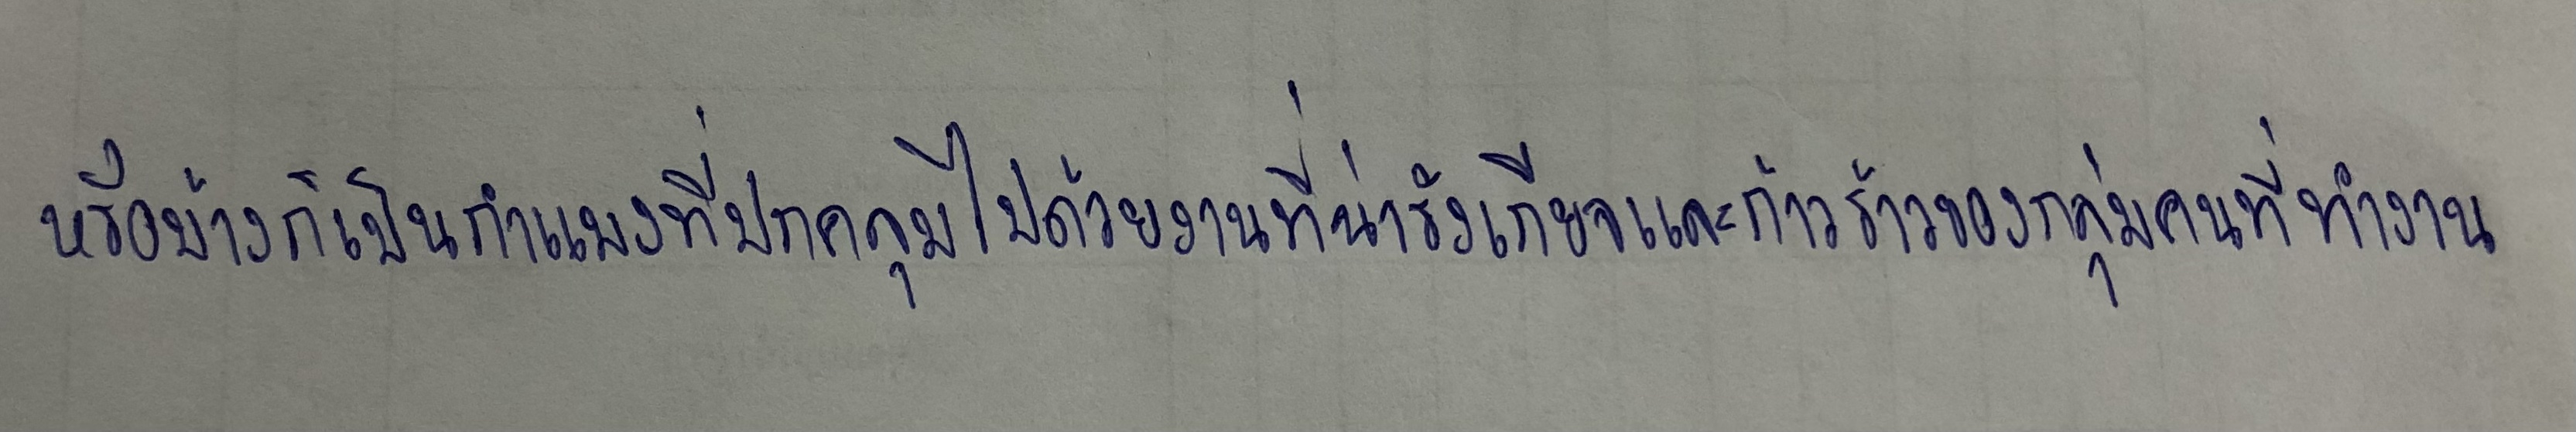
หรือบ้างก็เป็นกำแพงที่ปกคลุมไปด้วยงานที่น่ารังเกียจและก้าวร้าวของกลุ่มคนที่ทำงาน